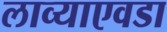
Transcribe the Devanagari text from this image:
लाव्याएवडा